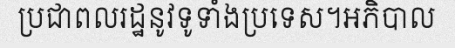
ប្រជាពលរដ្ឋនូវទូទាំងប្រទេស។អភិបាល